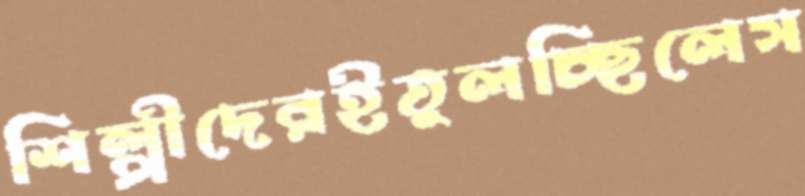
শিল্পীদেরইতুলচ্ছিলেস